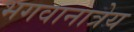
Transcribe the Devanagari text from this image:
भगवानात्रेय